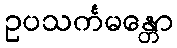
ဥပသင်္ကမန္တော